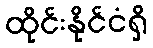
ထိုင်းနိုင်ငံရှိ